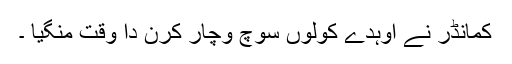
کمانڈر نے اوہدے کولوں سوچ وچار کرن دا وقت منگیا ۔